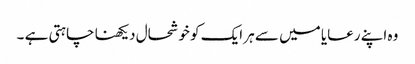
وہ اپنے رعایا میں سے ہر ایک کو خوشحال دیکھنا چاہتی ہے ۔